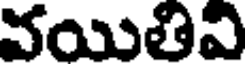
వయితివి